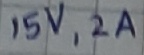
Text: 15V,2A